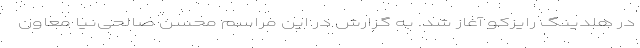
در هلدینگ رایزکو آغاز شد. به گزارش در این مراسم محسن صالحی‌نیا معاون